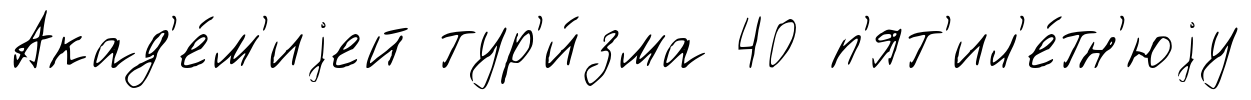
Акад'е́м'иjей тур'и́зма 40 п'ят'ил'е́тн'юjу